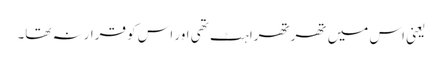
یعنی اس میں تھرتھراہٹ تھی اور اس کو قرارنہ تھا۔